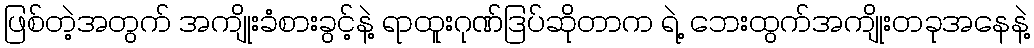
ဖြစ်တဲ့အတွက် အကျိုးခံစားခွင့်နဲ့ ရာထူးဂုဏ်ဒြပ်ဆိုတာက ရဲ့ ဘေးထွက်အကျိုးတခုအနေနဲ့